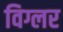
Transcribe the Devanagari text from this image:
विग्लर